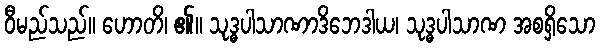
ဝီမည်သည်။ ဟောတိ၊ ၏။ သုဒ္ဓပါသာဏာဒိဘေဒါယ၊ သုဒ္ဓပါသာဏ အစရှိသော